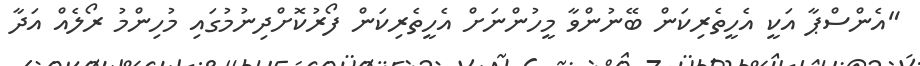
"އެންސްޕާ އަކީ އެހީތެރިކަން ބޭނުންވާ މީހުންނަށް އެހީތެރިކަން ފޯރުކޮށްދިނުމުގައި މުހިންމު ރޯލެއް އަދާ